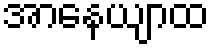
အာနေယျာထ